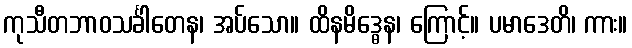
ကုသီတဘာဝသင်္ခါတေန၊ အပ်သော။ ထိနမိဒ္ဓေန၊ ကြောင့်။ ပမာဒေတိ၊ ကား။